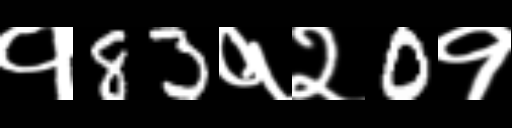
Text: १83१२0१